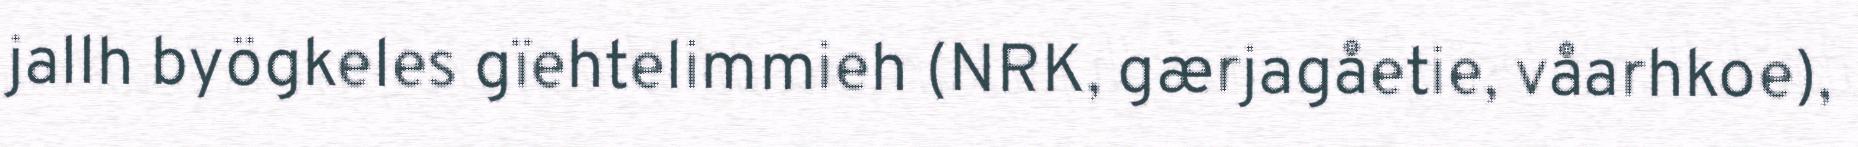
jallh byögkeles gïehtelimmieh (NRK, gærjagåetie, våarhkoe),